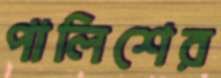
পালিশের